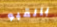
بالقبو